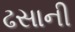
ઢસાની